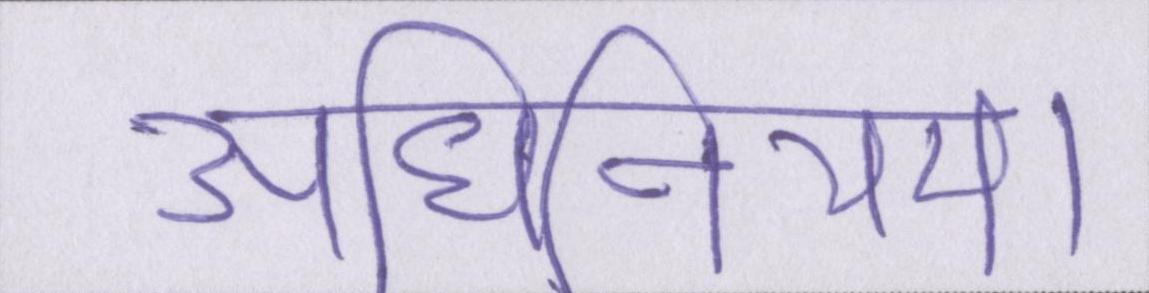
अधिनियम।